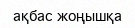
ақбас жоңышқа